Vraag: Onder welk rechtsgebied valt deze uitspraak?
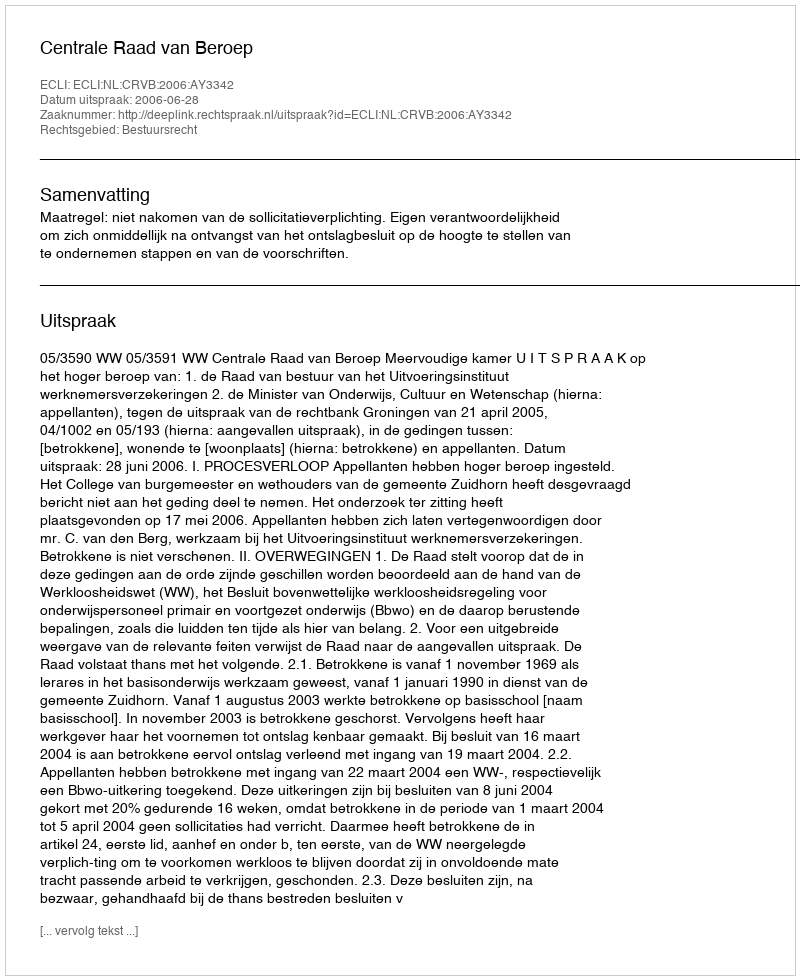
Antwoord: Bestuursrecht